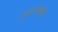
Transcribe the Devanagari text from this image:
फुलोऱ्यामुळे